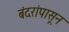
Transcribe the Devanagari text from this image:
बंदरांपासून